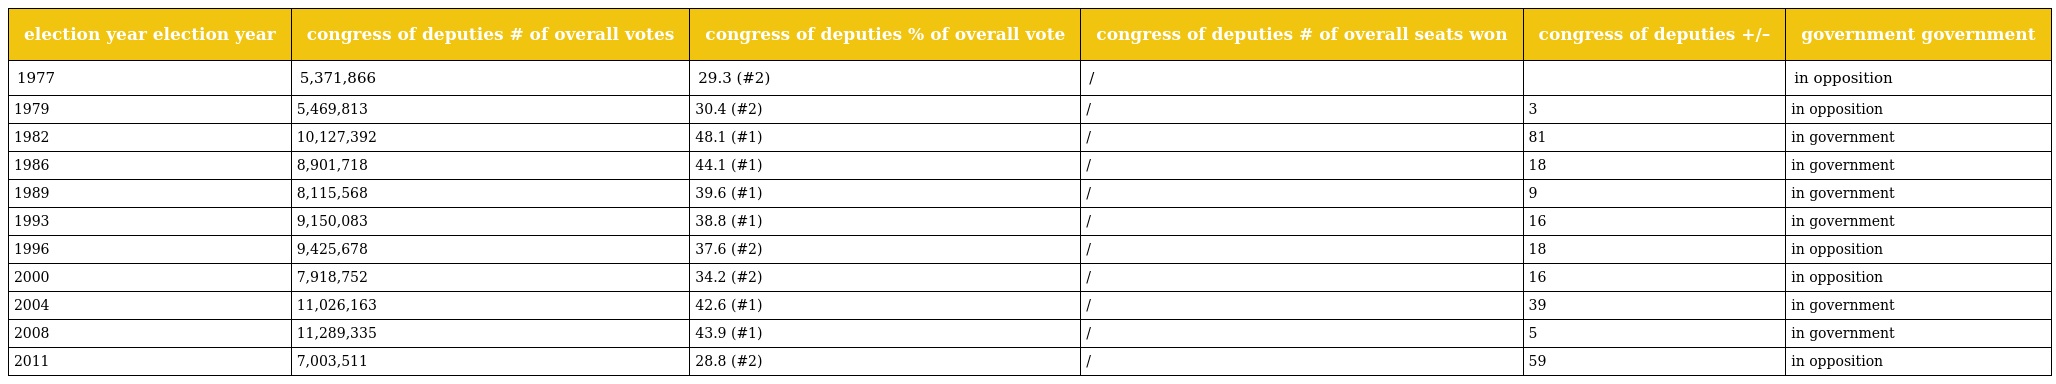
| election year election year | congress of deputies # of overall votes | congress of deputies % of overall vote | congress of deputies # of overall seats won | congress of deputies +/– | government government |
 | --- | --- | --- | --- | --- | --- |
 | 1977 | 5,371,866 | 29.3 (#2) | / |  | in opposition |
 | 1979 | 5,469,813 | 30.4 (#2) | / | 3 | in opposition |
 | 1982 | 10,127,392 | 48.1 (#1) | / | 81 | in government |
 | 1986 | 8,901,718 | 44.1 (#1) | / | 18 | in government |
 | 1989 | 8,115,568 | 39.6 (#1) | / | 9 | in government |
 | 1993 | 9,150,083 | 38.8 (#1) | / | 16 | in government |
 | 1996 | 9,425,678 | 37.6 (#2) | / | 18 | in opposition |
 | 2000 | 7,918,752 | 34.2 (#2) | / | 16 | in opposition |
 | 2004 | 11,026,163 | 42.6 (#1) | / | 39 | in government |
 | 2008 | 11,289,335 | 43.9 (#1) | / | 5 | in government |
 | 2011 | 7,003,511 | 28.8 (#2) | / | 59 | in opposition |